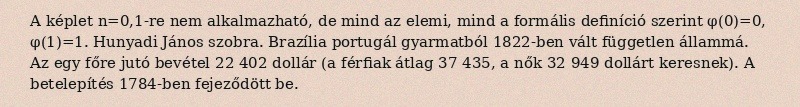
A képlet n=0,1-re nem alkalmazható, de mind az elemi, mind a formális definíció szerint φ(0)=0, φ(1)=1. Hunyadi János szobra. Brazília portugál gyarmatból 1822-ben vált független állammá. Az egy főre jutó bevétel 22 402 dollár (a férfiak átlag 37 435, a nők 32 949 dollárt keresnek). A betelepítés 1784-ben fejeződött be.